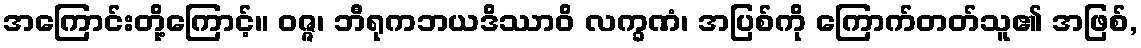
အကြောင်းတို့ကြောင့်။ ဝဇ္ဇ၊ ဘီရုကဘယဒိဿာဝိ လက္ခဏံ၊ အပြစ်ကို ကြောက်တတ်သူ၏ အဖြစ်,